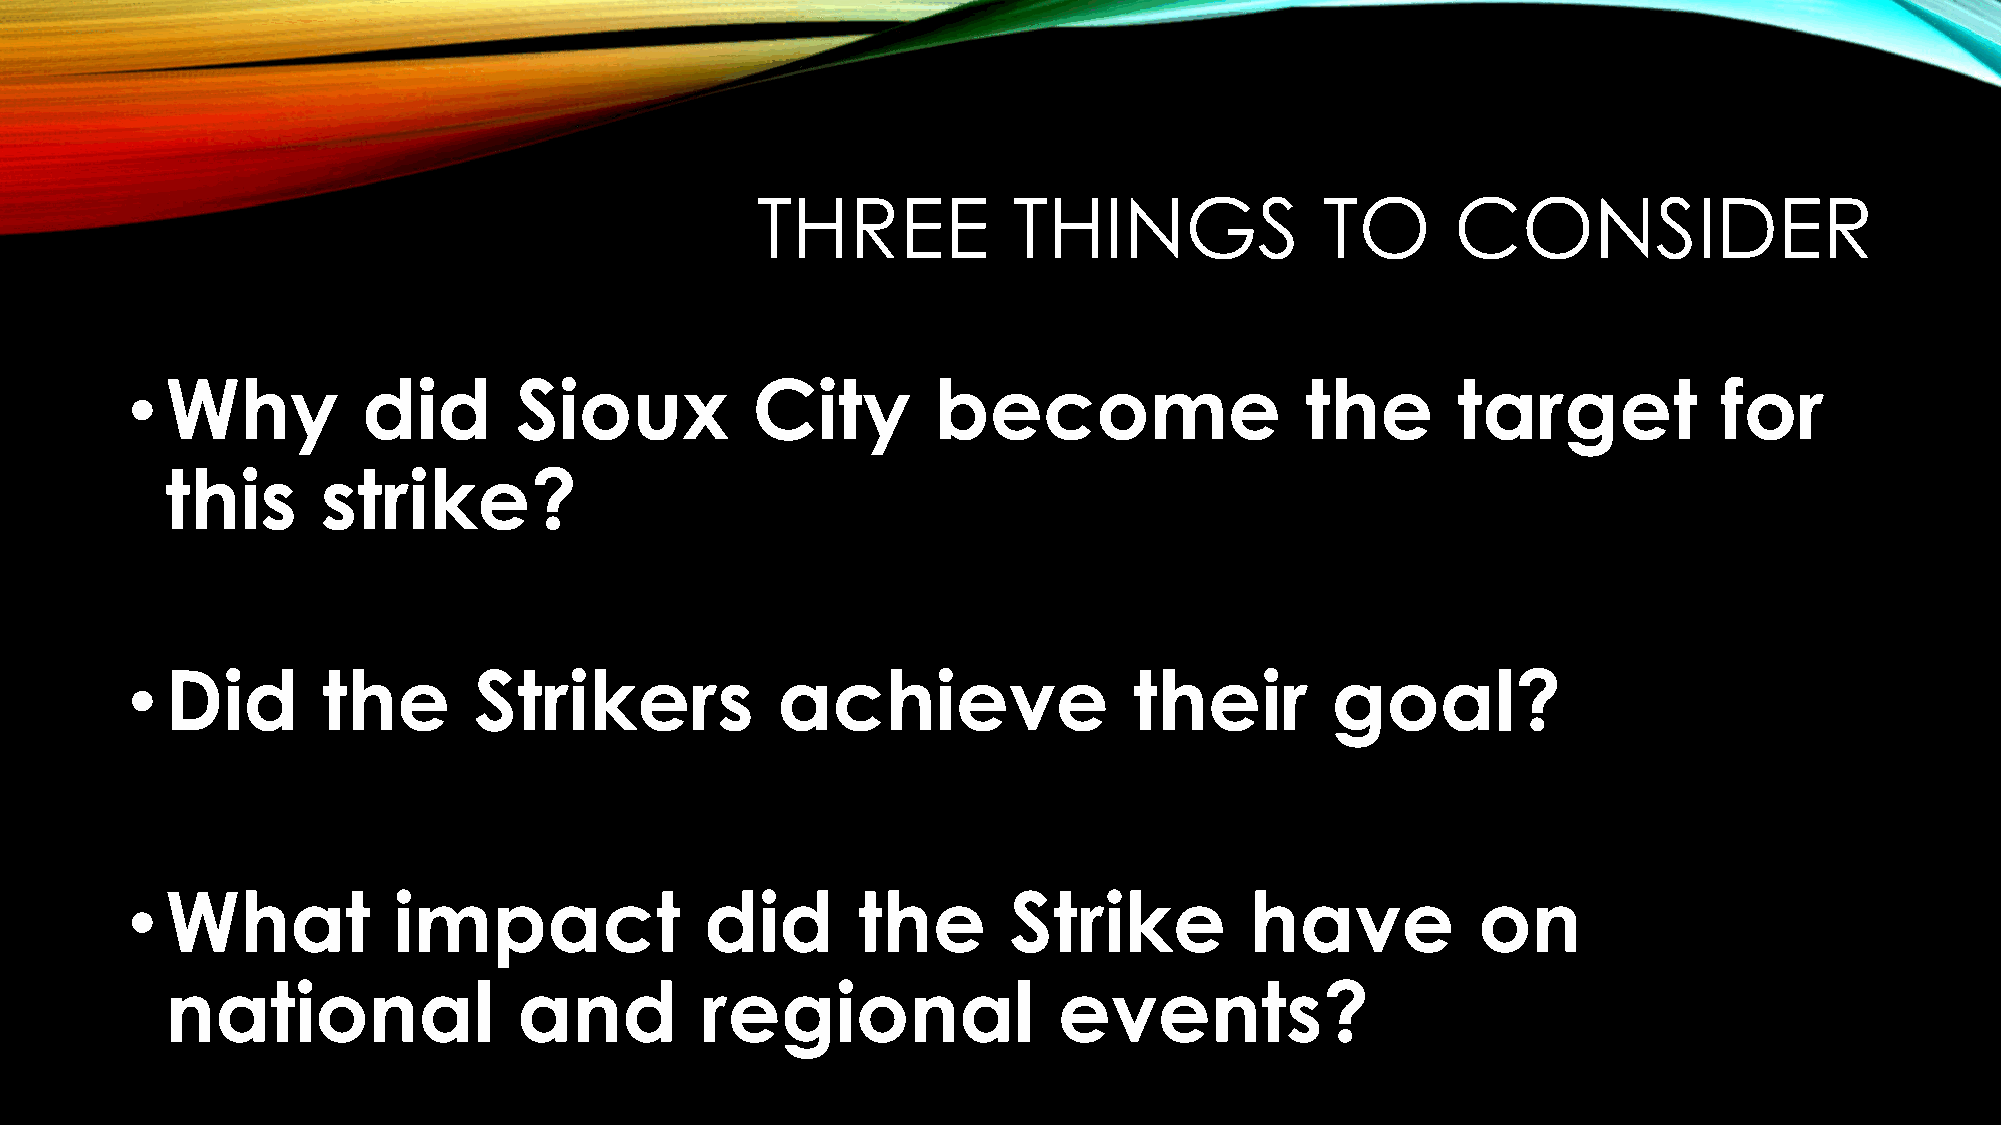
THREE            THINGS               TO      CONSIDER
 •  Why          did       Sioux           City        become                  the       target            for
 this      strike?
 •  Did       the       Strikers            achieve                 their        goal?
 •  What           impact               did       the       Strike          have           on
 national               and         regional                events?